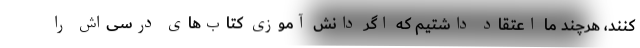
کنند، هرچند ما اعتقاد داشتیم که اگر دانش آموزی کتاب‌های درسی‌اش را